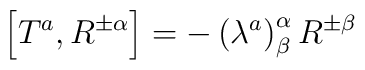
\left[  T^{a},R^{\pm\alpha}\right]  =-\left(  \lambda^{a}\right)  _{\beta}^{\alpha}R^{\pm\beta}